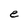
Character: e